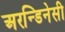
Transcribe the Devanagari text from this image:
अरन्डिनेसी